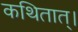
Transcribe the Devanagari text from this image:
कथितात्।